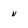
Character: v